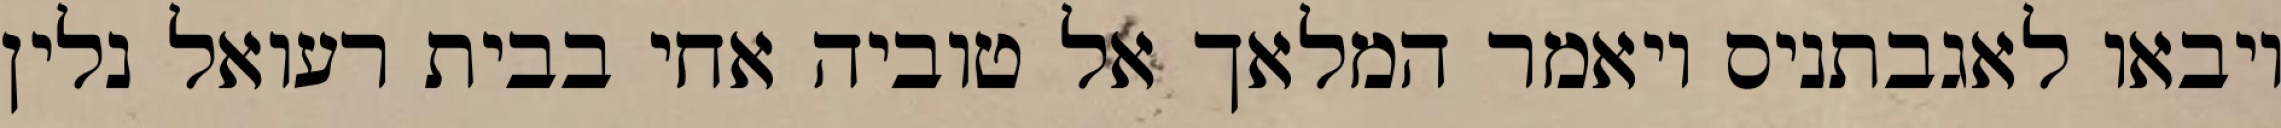
ויבאו לאגבתניס ויאמר המלאך אל טוביה אחי בבית רעואל נלין